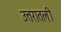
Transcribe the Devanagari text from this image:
उत्तरातली